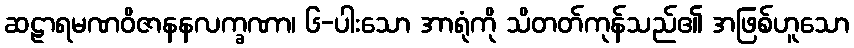
ဆဠာရမဏဝိဇာနနလက္ခဏာ၊ ၆-ပါးသော အာရုံကို သိတတ်ကုန်သည်၏ အဖြစ်ဟူသော